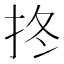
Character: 𢫝